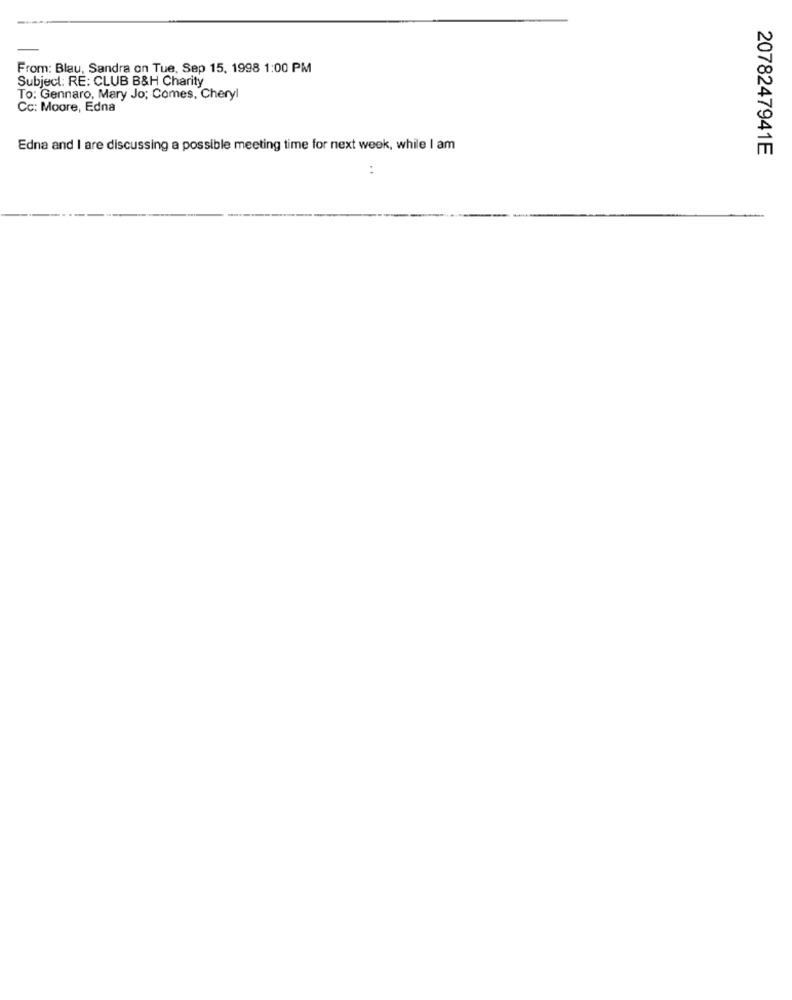
From: Blau, Sandra on Tue, Sep 15, 1998 1:00 PM
Subject: RE: CLUB B&H Charity
To: Gennaro, Mary Jo; Comes, Cheryl
Cc: Moore, Edna
Edna and I are discussing a possible meeting time for next week, while I am
2078247941E
. .